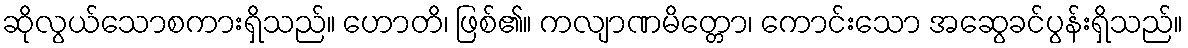
ဆိုလွယ်သောစကားရှိသည်။ ဟောတိ၊ ဖြစ်၏။ ကလျာဏမိတ္တော၊ ကောင်းသော အဆွေခင်ပွန်းရှိသည်။